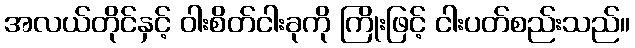
အလယ်တိုင်နှင့် ဝါးစိတ်ငါးခုကို ကြိုးဖြင့် ငါးပတ်စည်းသည်။